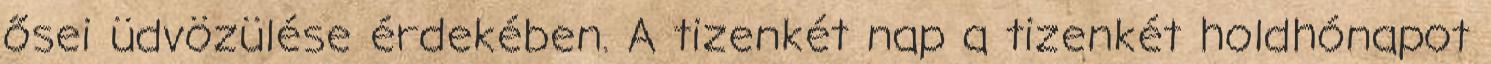
ősei üdvözülése érdekében. A tizenkét nap a tizenkét holdhónapot